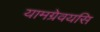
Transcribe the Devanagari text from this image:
यामग्रेवयसि